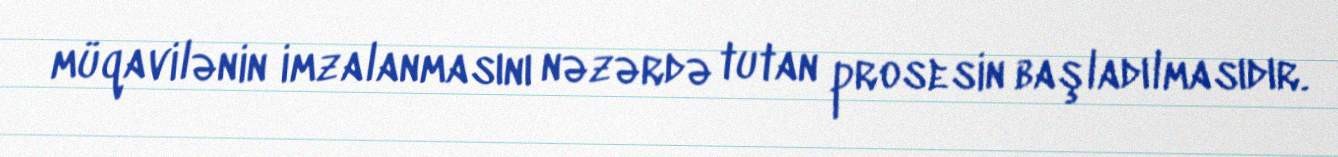
müqavilənin imzalanmasını nəzərdə tutan prosesin başladılmasıdır.